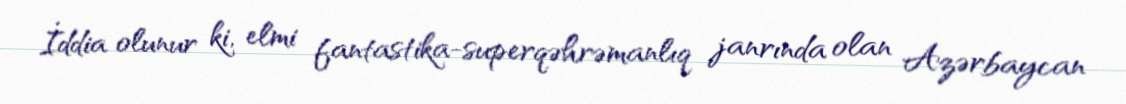
İddia olunur ki, elmi fantastika-superqəhrəmanlıq janrında olan Azərbaycan